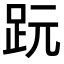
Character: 𧿙